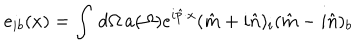
e _ { i b } ( x ) = \int \, d \Omega \, a ( \Omega ) e ^ { i { \hat { p } } \cdot x } ( { \hat { m } } + i { \hat { n } } ) _ { i } ( { \hat { m } } - i { \hat { n } } ) _ { b }